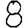
Digit: 8